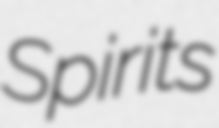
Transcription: Spirits